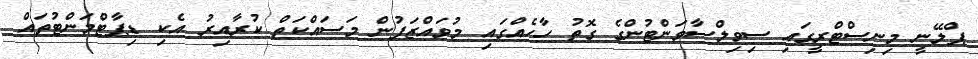
ޕްލޭނީ މިނިސްޓްރީގައި ސިވިލްސާވަންޓުންގެ ގޮތު ހާހެއްގައި މުވައްޒަފުން މަސައްކަތް ކުރާއިރު އެކި ޑިޕާޓްމަންޓުތައް